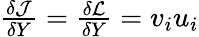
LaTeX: \begin{array}{r}{\frac{\delta\mathcal{J}}{\delta Y}=\frac{\delta\mathcal{L}}{\delta Y}=v_{i}u_{i}}\end{array}